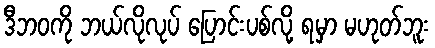
ဒီဘဝကို ဘယ်လိုလုပ် ပြောင်းပစ်လို့ ရမှာ မဟုတ်ဘူး